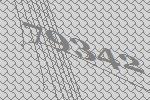
79342